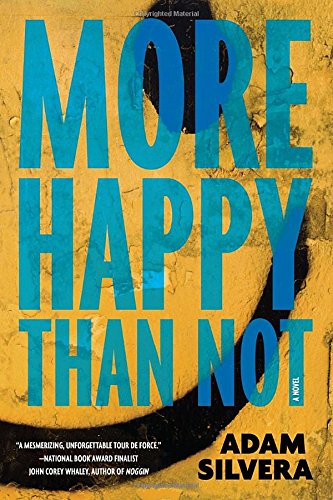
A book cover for More Happy Than Not; Adam Silvera; Literature & Fiction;